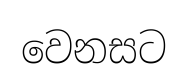
වෙනසට